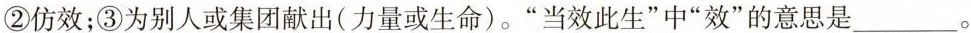
②仿效；③为别人或集团献出(力量或生命)。”当效此生”中”效”的意思是___。